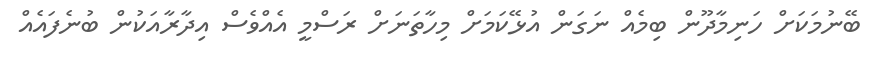
ބޭނުމަކަށް ހަނިމާދޫން ބިމެއް ނަގަން އުޅޭކަމަށް މިހާތަނަށް ރަސްމީ އެއްވެސް އިދާރާއަކުން ބުނެފައެއް